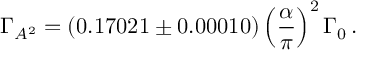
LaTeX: \Gamma _ { A ^ { 2 } } = ( 0 . 1 7 0 2 1 \pm 0 . 0 0 0 1 0 ) \left( \frac { \alpha } { \pi } \right) ^ { 2 } \Gamma _ { 0 } \, .